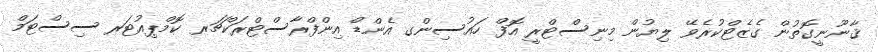
ޤާނޫނީގޮތުން ގެޒެޓްކުރެވޭ ލިޔުން މިނިސްޓްރީ އޮފް ހައުސިންގ އެންޑް އިންފްރާސްޓްރަކްޗަރ ކޮމްޕިއުޓަރ ސިސްޓަމް